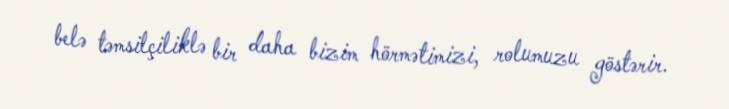
belə təmsilçiliklə bir daha bizim hörmətimizi, rolumuzu göstərir.